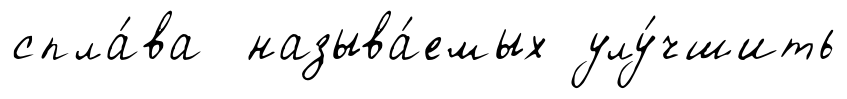
спла́ва называ́емых улу́чшить